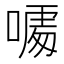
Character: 𠻔